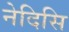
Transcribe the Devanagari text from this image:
नेदिसि